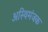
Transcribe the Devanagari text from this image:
अस्थिमंजक